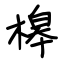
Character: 槔